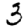
Digit: 3